King Institute of Preventive Medicine Micro-Biological Section reports 1912-19
Year: 1912
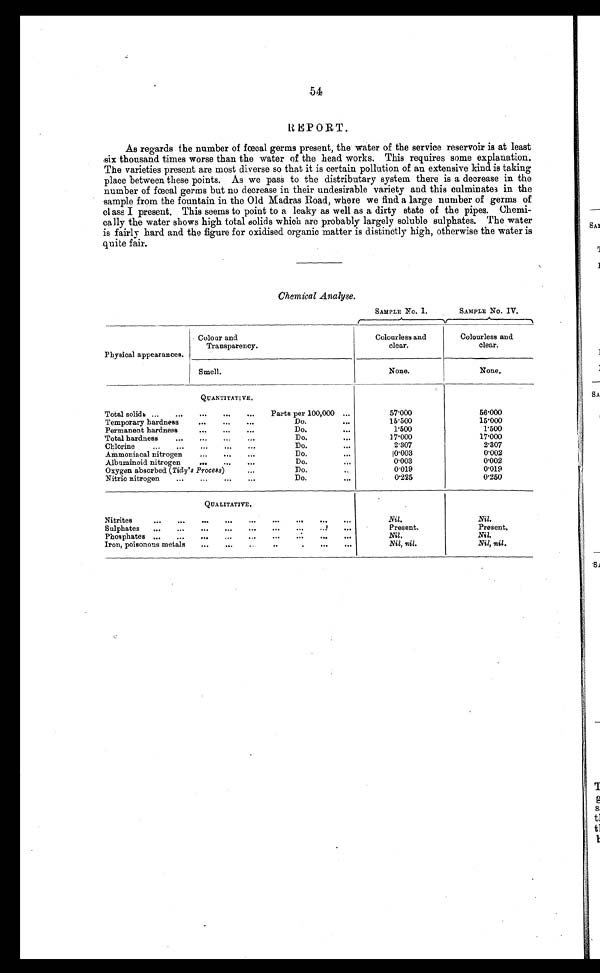
54
REPORT.
As regards the number of fœcal germs present, the water of the service reservoir is at least
six thousand times worse than the water of the head works. This requires some explanation.
The varieties present are most diverse so that it is certain pollution of an extensive kind is taking
place between these points. As we pass to the distributary system there is a decrease in the
number of foœal germs but no decrease in their undesirable variety and this culminates in the
sample from the fountain in the Old Madras Road, where we find a large number of germs of
class I present. This seems to point to a leaky as well as a dirty state of the pipes. Chemi-
cally the water shows high total solids which are probably largely soluble sulphates. The water
is fairly hard and the figure for oxidised organic matter is distinctly high, otherwise the water is
quite fail.
Chemical Analyse.
SAMPLE NO. I.
SAMPLE NO. IV.
Physical appearances.
Colour and
T r a n s p a r e n c y .
Colourless and
clear.
Colourless and
clear.
S m e l l .
None.
N o n e .
Q U A N T I T A T I V E .
Total solids ...
...
...
...
...
Parts per 100,000
. . .
57.000
56.000
Temporary hardness
...
...
...
D o .
.
15.500
15.000
Permanent hardness
...
...
...
D o .
. . .
1.500
1.500
Total hardness
...
...
...
...
D o .
. . .
17.000
17.000
Chlorine
...
...
...
...
...
D o .
. . .
2.307
2.307
Ammoniacal nitrogen
...
...
...
D o .
. . .
0.003
0.002
Albuminoid nitrogen
...
...
...
D o .
. . .
0.003
0.002
Oxygen absorbed (Tidy's Process)
...
D o .
0.019
0.019
Nitric nitrogen
...
...
...
...
D o .
.
0.225
0.250
Q U A L I T A T I V E .
Nitrites
...
...
...
...
...
...
...
...
...
Nil.
Nil.
Sulphates
...
...
...
...
...
...
...
...
...
Present.
Present.
Phosphates ...
...
...
...
...
...
...
...
Nil.
Nil.
Iron, poisonous metals
...
...
...
...
...
Nil, nil.
Nil, nil.